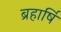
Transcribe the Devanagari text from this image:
ब्रहार्षि